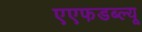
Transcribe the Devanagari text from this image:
एएफडब्ल्‍यू